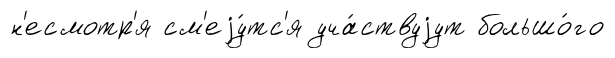
н'есмотр'я см'еjу́тс'я уча́ствуjут большо́го